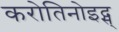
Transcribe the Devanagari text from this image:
करोतिनोइद्स्